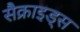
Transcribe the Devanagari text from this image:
सैक्राइड्स